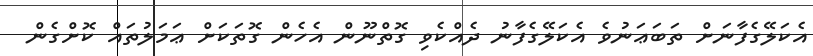
އެކަލޭގެފާނަށް ތަބަޢަނުވެ އެކަލޭގެފާނު ދެއްކެވި ގޮތްނޫން އެހެން ގޮތަކަށް ޢަމަލުތައް ކޮށްގެން